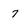
Character: 7